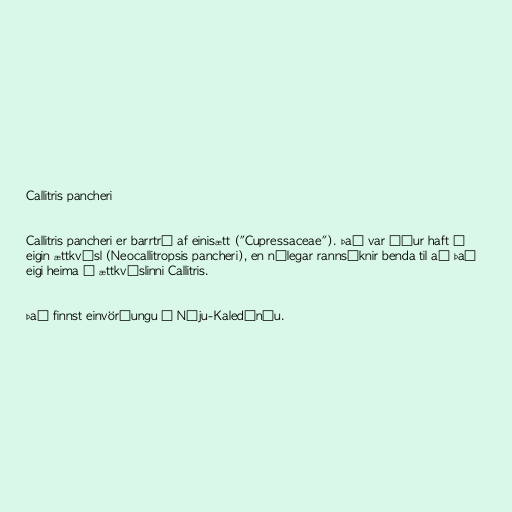
Callitris pancheri

Callitris pancheri er barrtré af einisætt ("Cupressaceae"). Það var áður haft í
eigin ættkvísl (Neocallitropsis pancheri), en nýlegar rannsóknir benda til að það
eigi heima í ættkvíslinni Callitris.

Það finnst einvörðungu í Nýju-Kaledóníu.